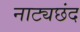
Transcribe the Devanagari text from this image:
नाट्यछंद